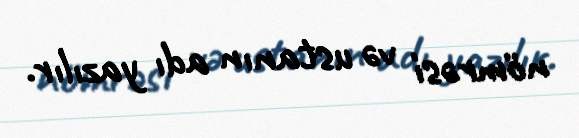
nömrəsi və ustanın adı yazılır.